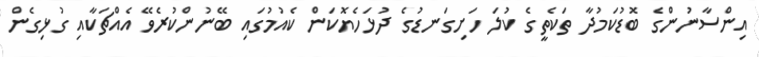
އިންސާނުންގެ ބޮޑުކަމުދާ ތަކެތީގެ ކުލަ ހަށިގަނޑުގެ ދުޅަހެޔޮކަން ކެއުމުގައި ބޭނުންކުރެވޭ އެއްޗަކާއި ގުޅިގެން